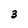
Character: 3